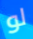
لو